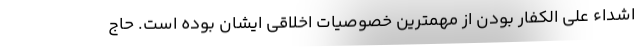
اشداء علی الکفار بودن از مهمترین خصوصیات اخلاقی ایشان بوده است. حاج